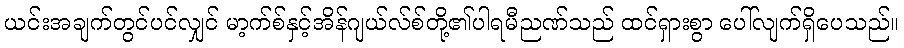
ယင်းအချက်တွင်ပင်လျှင် မာ့က်စ်နှင့်အိန်ဂျယ်လ်စ်တို့၏ပါရမီညဏ်သည် ထင်ရှားစွာ ပေါ်လျက်ရှိပေသည်။